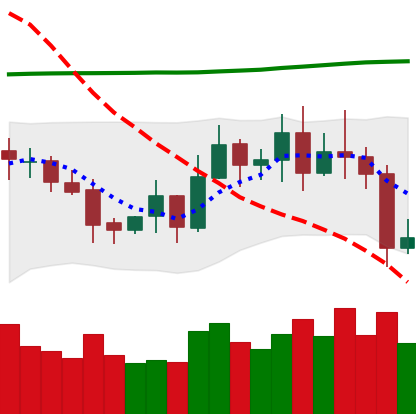
Ticker: EOS-USD
Chart end date: 2020-10-31
Forward return: -3.046%
Label: down_3_5